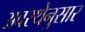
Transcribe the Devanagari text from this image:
अवस्थेनुसार